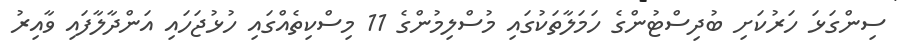
ސިންގަޅަ ހަރުކަށި ބުދިސްޓުންގެ ހަމަލާތަކުގައި މުސްލިމުންގެ 11 މިސްކިތެއްގައި ހުޅުޖަހައި އަންދާލާފައި ވާއިރު